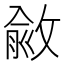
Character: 𢾄